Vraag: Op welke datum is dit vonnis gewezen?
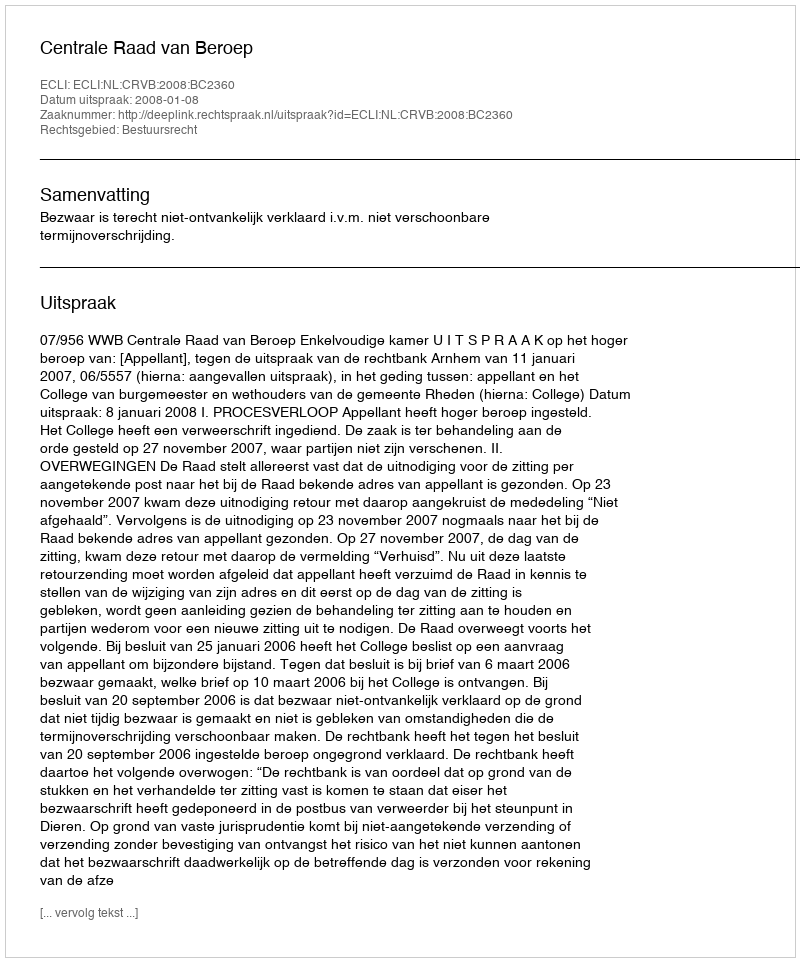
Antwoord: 2008-01-08